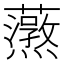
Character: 𬟚